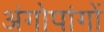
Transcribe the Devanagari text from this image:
अंगोपांगों